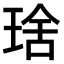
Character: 𤦜